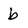
Character: b